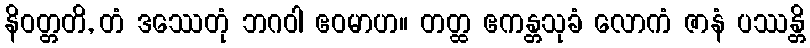
နိဝတ္တတိ, တံ ဒဿေတုံ ဘဂဝါ ဧဝမာဟ။ တတ္ထ ဧကန္တသုခံ လောကံ ဇာနံ ပဿန္တိ